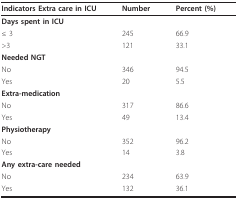
| Indicators Extra care in ICU | Number | Percent (%) |
 | --- | --- | --- |
 | Days spent in ICU |  |  |
 | ≤ 3 | 245 | 66.9 |
 | >3 | 121 | 33.1 |
 | Needed NGT |  |  |
 | No | 346 | 94.5 |
 | Yes | 20 | 5.5 |
 | Extra-medication |  |  |
 | No | 317 | 86.6 |
 | Yes | 49 | 13.4 |
 | Physiotherapy |  |  |
 | No | 352 | 96.2 |
 | Yes | 14 | 3.8 |
 | Any extra-care needed |  |  |
 | No | 234 | 63.9 |
 | Yes | 132 | 36.1 |